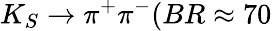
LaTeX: K_{S}\rightarrow\pi^{+}\pi^{-}(BR\approx 70\